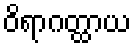
ဝိရာဂတ္ထာယ